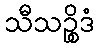
သီသဉ္စိဒံ